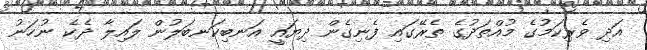
އަދި ވެރިކަމުގެ މުއްތަދުގެ ތެރޭގައި ފެނިގެން ދިޔައީ އަނބިކަނބަލުން ލައިލާ ދެކެ ނުހަނު